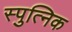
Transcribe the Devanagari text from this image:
स्पुत्निक